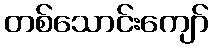
တစ်သောင်းကျော်